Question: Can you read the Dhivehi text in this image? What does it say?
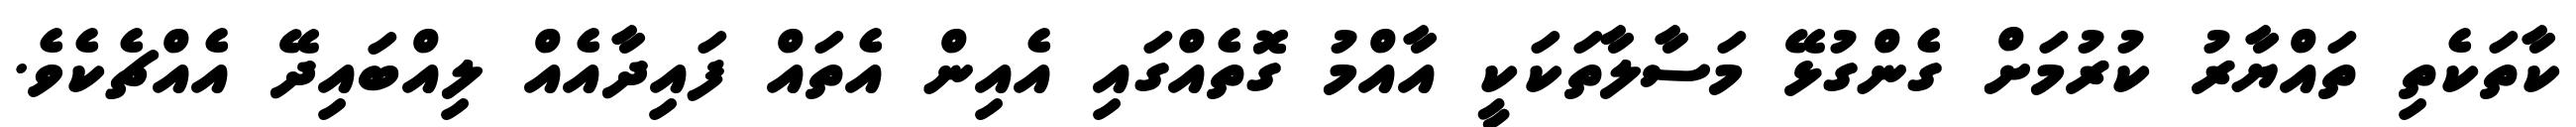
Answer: ކާތަކެތި ތައްޔާރު ކުރުމަށް ގެންގުޅޭ މަސާލާތަކަކީ އާއްމު ގޮތެއްގައި އެއިން އެތައް ފައިދާއެއް ލިއްބައިދޭ އެއްޗެކެވެ.